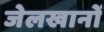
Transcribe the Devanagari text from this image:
जेलखानों